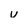
Character: v